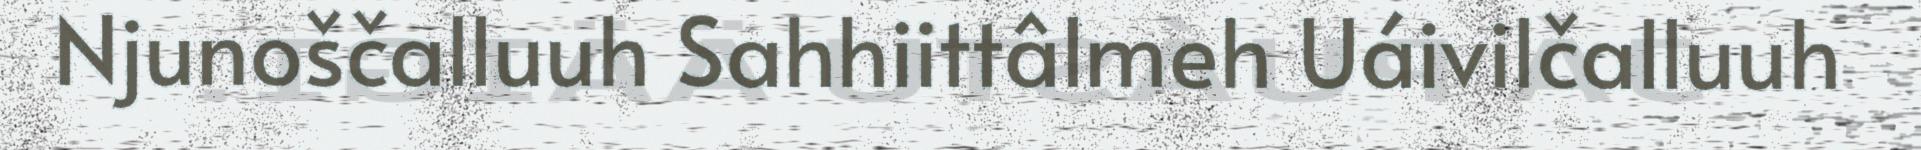
Njunoščalluuh Sahhiittâlmeh Uáivilčalluuh